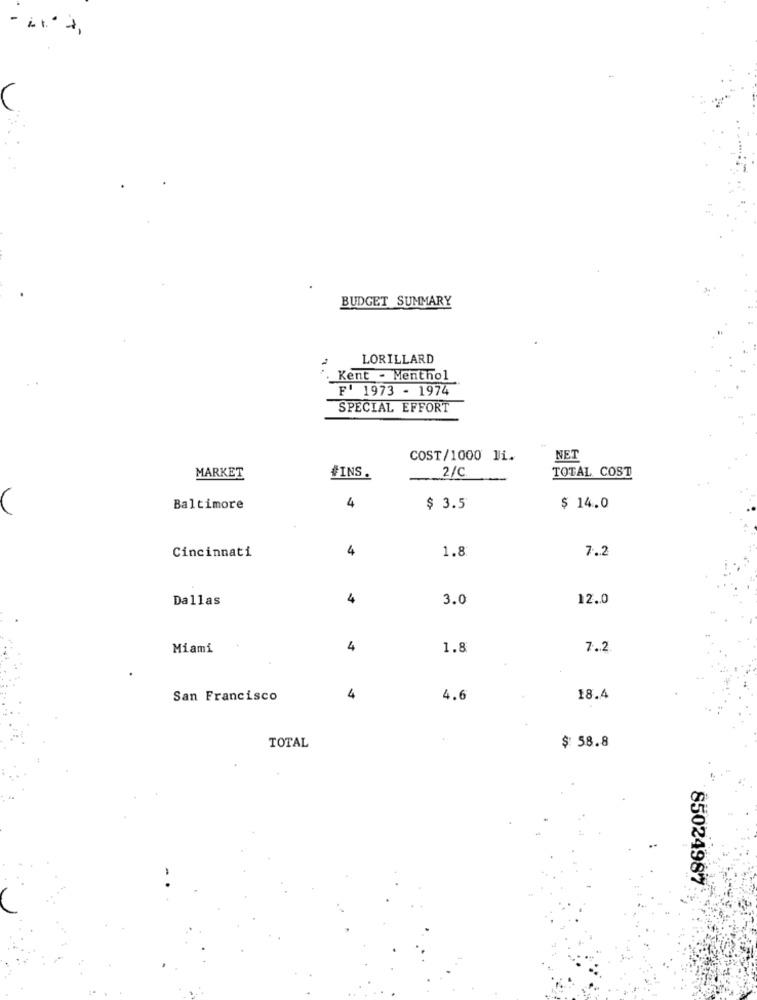
BUDGET SUMMARY
LORILLARD
Kent - Menthol
F' 1973 - 1974
SPECIAL EFFORT
COST/1000 li.
NET
2/C
MARKET
#INS.
TOTAL COST
Baltimore
4
$ 3.5
$ 14.0
4
1.8
7.2
Cincinnati
Dallas
4
3.0
12.0
Miami
4
1.8
7.2
San Francisco
4
4.6
18.4
TOTAL
$ 58.8
85024987